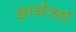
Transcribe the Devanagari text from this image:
झाडीतही